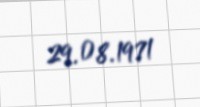
29.08.1971